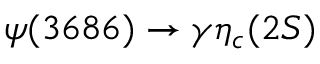
\psi ( 3 6 8 6 ) \to \gamma \eta _ { c } ( 2 S )